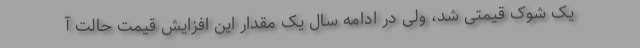
یک شوک قیمتی شد، ولی در ادامه سال یک مقدار این افزایش قیمت حالت آ